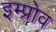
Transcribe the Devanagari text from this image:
इम्प्रोव